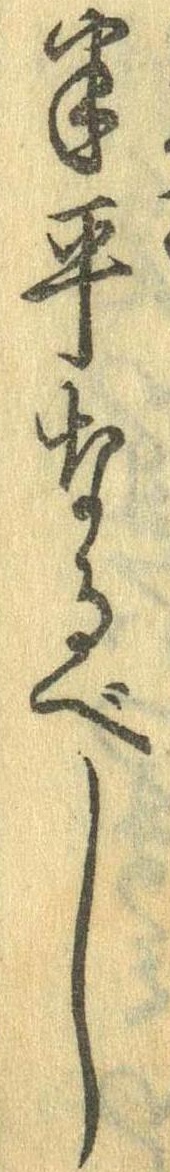
半平なるべし